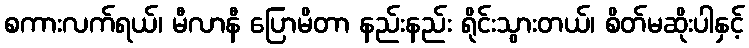
စကားလက်ရယ်၊ မီလာနီ ပြောမိတာ နည်းနည်း ရိုင်းသွားတယ်၊ စိတ်မဆိုးပါနှင့်